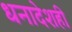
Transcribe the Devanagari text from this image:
धनादेशही